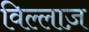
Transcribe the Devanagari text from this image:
विल्लाज़